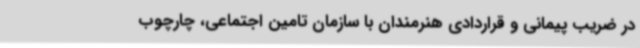
در ضریب پیمانی و قراردادی هنرمندان با سازمان تامین اجتماعی، چارچوب